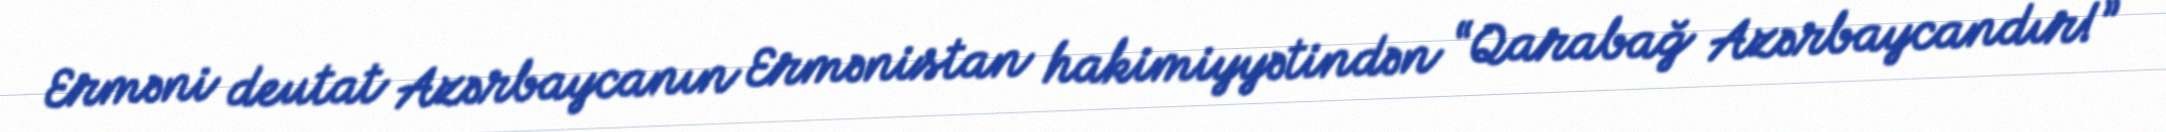
Erməni deutat Azərbaycanın Ermənistan hakimiyyətindən “Qarabağ Azərbaycandır!”